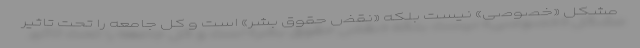
مشکل «خصوصی» نیست بلکه «نقض حقوق بشر» است و کل جامعه را تحت تاثیر